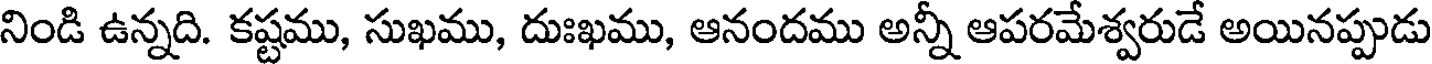
నిండి ఉన్నది. కష్టము, సుఖము, దుఃఖము, ఆనందము అన్నీ ఆపరమేశ్వరుడే అయినప్పుడు